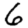
Digit: 6